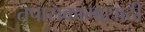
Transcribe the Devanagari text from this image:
तपासकामासाठी